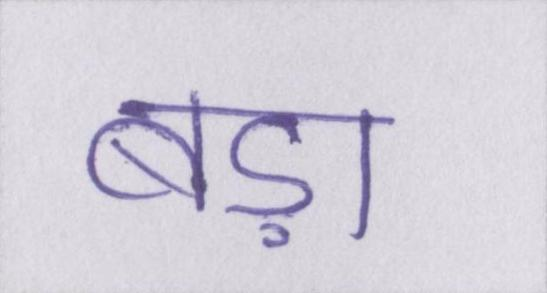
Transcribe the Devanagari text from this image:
बड़ा